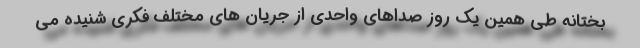
بختانه طی همین یک روز صداهای واحدی از جریان های مختلف فکری شنیده می